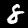
Label: 8